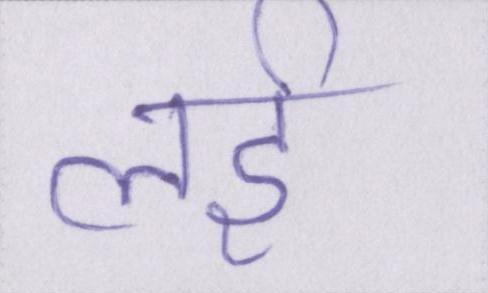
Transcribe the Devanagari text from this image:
लई